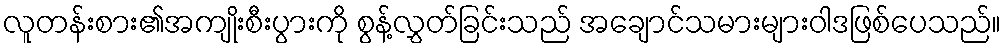
လူတန်းစား၏အကျိုးစီးပွားကို စွန့်လွှတ်ခြင်းသည် အချောင်သမားများဝါဒဖြစ်ပေသည်။